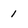
Character: 1